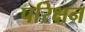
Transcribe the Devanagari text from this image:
परिक्षन